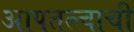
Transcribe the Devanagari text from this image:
आपतत्त्वाची